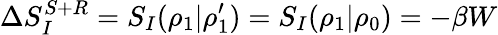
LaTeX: \Delta S_{I}^{S+R}=S_{I}(\rho_{1}|\rho_{1}^{\prime})=S_{I}(\rho_{1}|\rho_{0})=-\beta W